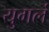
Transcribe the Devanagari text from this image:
युगलं